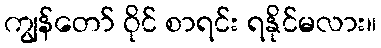
ကျွန်တော် ဝိုင် စာရင်း ရနိုင်မလား။